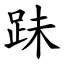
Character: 跊